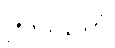
ဤဒိသကံ